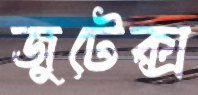
জুটেক্স